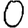
Digit: 0